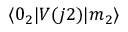
\langle 0 _ { 2 } | V ( j 2 ) | m _ { 2 } \rangle